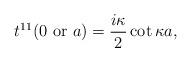
LaTeX: \begin{align*}t^{11}(0\mbox{ or } a)={i\kappa\over2}\cot\kappa a,\end{align*}